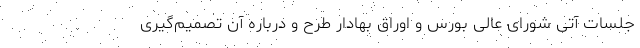
جلسات آتی شورای عالی بورس و اوراق بهادار طرح و درباره آن تصمیم‌گیری